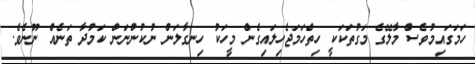
ހަމަގައިމުވެސް މާލޭގެ މަގުތަކަކީ ހިތްހަމަޖެހިލައިގެން މީހަކު ހިނގާލަން ނުކުންނަން ކަމުދާ ތަނެއް ނޫނެވެ.